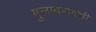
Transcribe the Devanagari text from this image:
गुलाबरावची